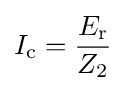
I_{\textrm {c}}={\frac {E_{\textrm {r}}}{Z_{2}}}